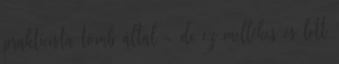
prakticista tömb által - de ez mellékes és lett